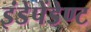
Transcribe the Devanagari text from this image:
इंडेपेंडेण्ट